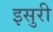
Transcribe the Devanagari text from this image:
इसुरी